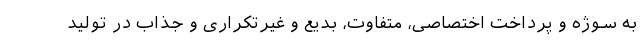
به سوژه و پرداخت اختصاصی، متفاوت، بدیع و غیرتکراری و جذاب در تولید